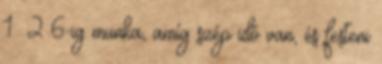
1 2 6-ig munka, amíg szép idő van, és festeni